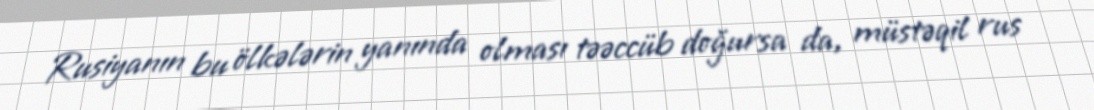
Rusiyanın bu ölkələrin yanında olması təəccüb doğursa da, müstəqil rus